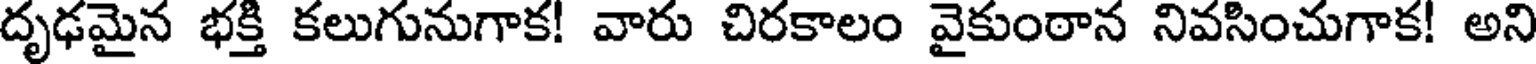
దృఢమైన భక్తి కలుగునుగాక! వారు చిరకాలం వైకుంఠాన నివసించుగాక! అని